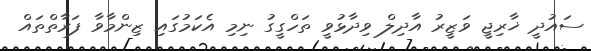
ސައުދީ ޚާރިޖީ ވަޒީރު އާދިލް ވިދާޅުވީ ތަހްގީގު ނިމި އެކަމުގައި ޒިންމާވާ ފަރާތްތައް